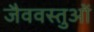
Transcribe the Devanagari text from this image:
जैववस्तुओं